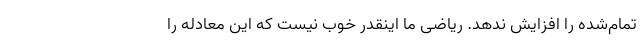
تمام‌شده را افزایش ندهد. ریاضی ما اینقدر خوب نیست که این معادله را